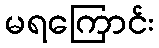
မရကြောင်း